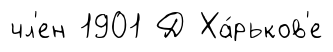
чл'ен 1901 Д Ха́рьков'е